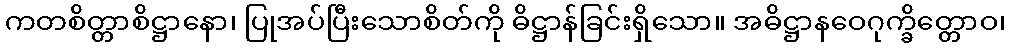
ကတစိတ္တာစိဋ္ဌာနော၊ ပြုအပ်ပြီးသောစိတ်ကို ဓိဋ္ဌာန်ခြင်းရှိသော။ အဓိဋ္ဌာနဝေဂုက္ခိတ္တောဝ၊